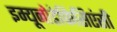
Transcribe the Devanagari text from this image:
इम्यूनोडेफिसिएंसी